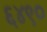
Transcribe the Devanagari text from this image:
६४९०